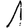
Digit: 1